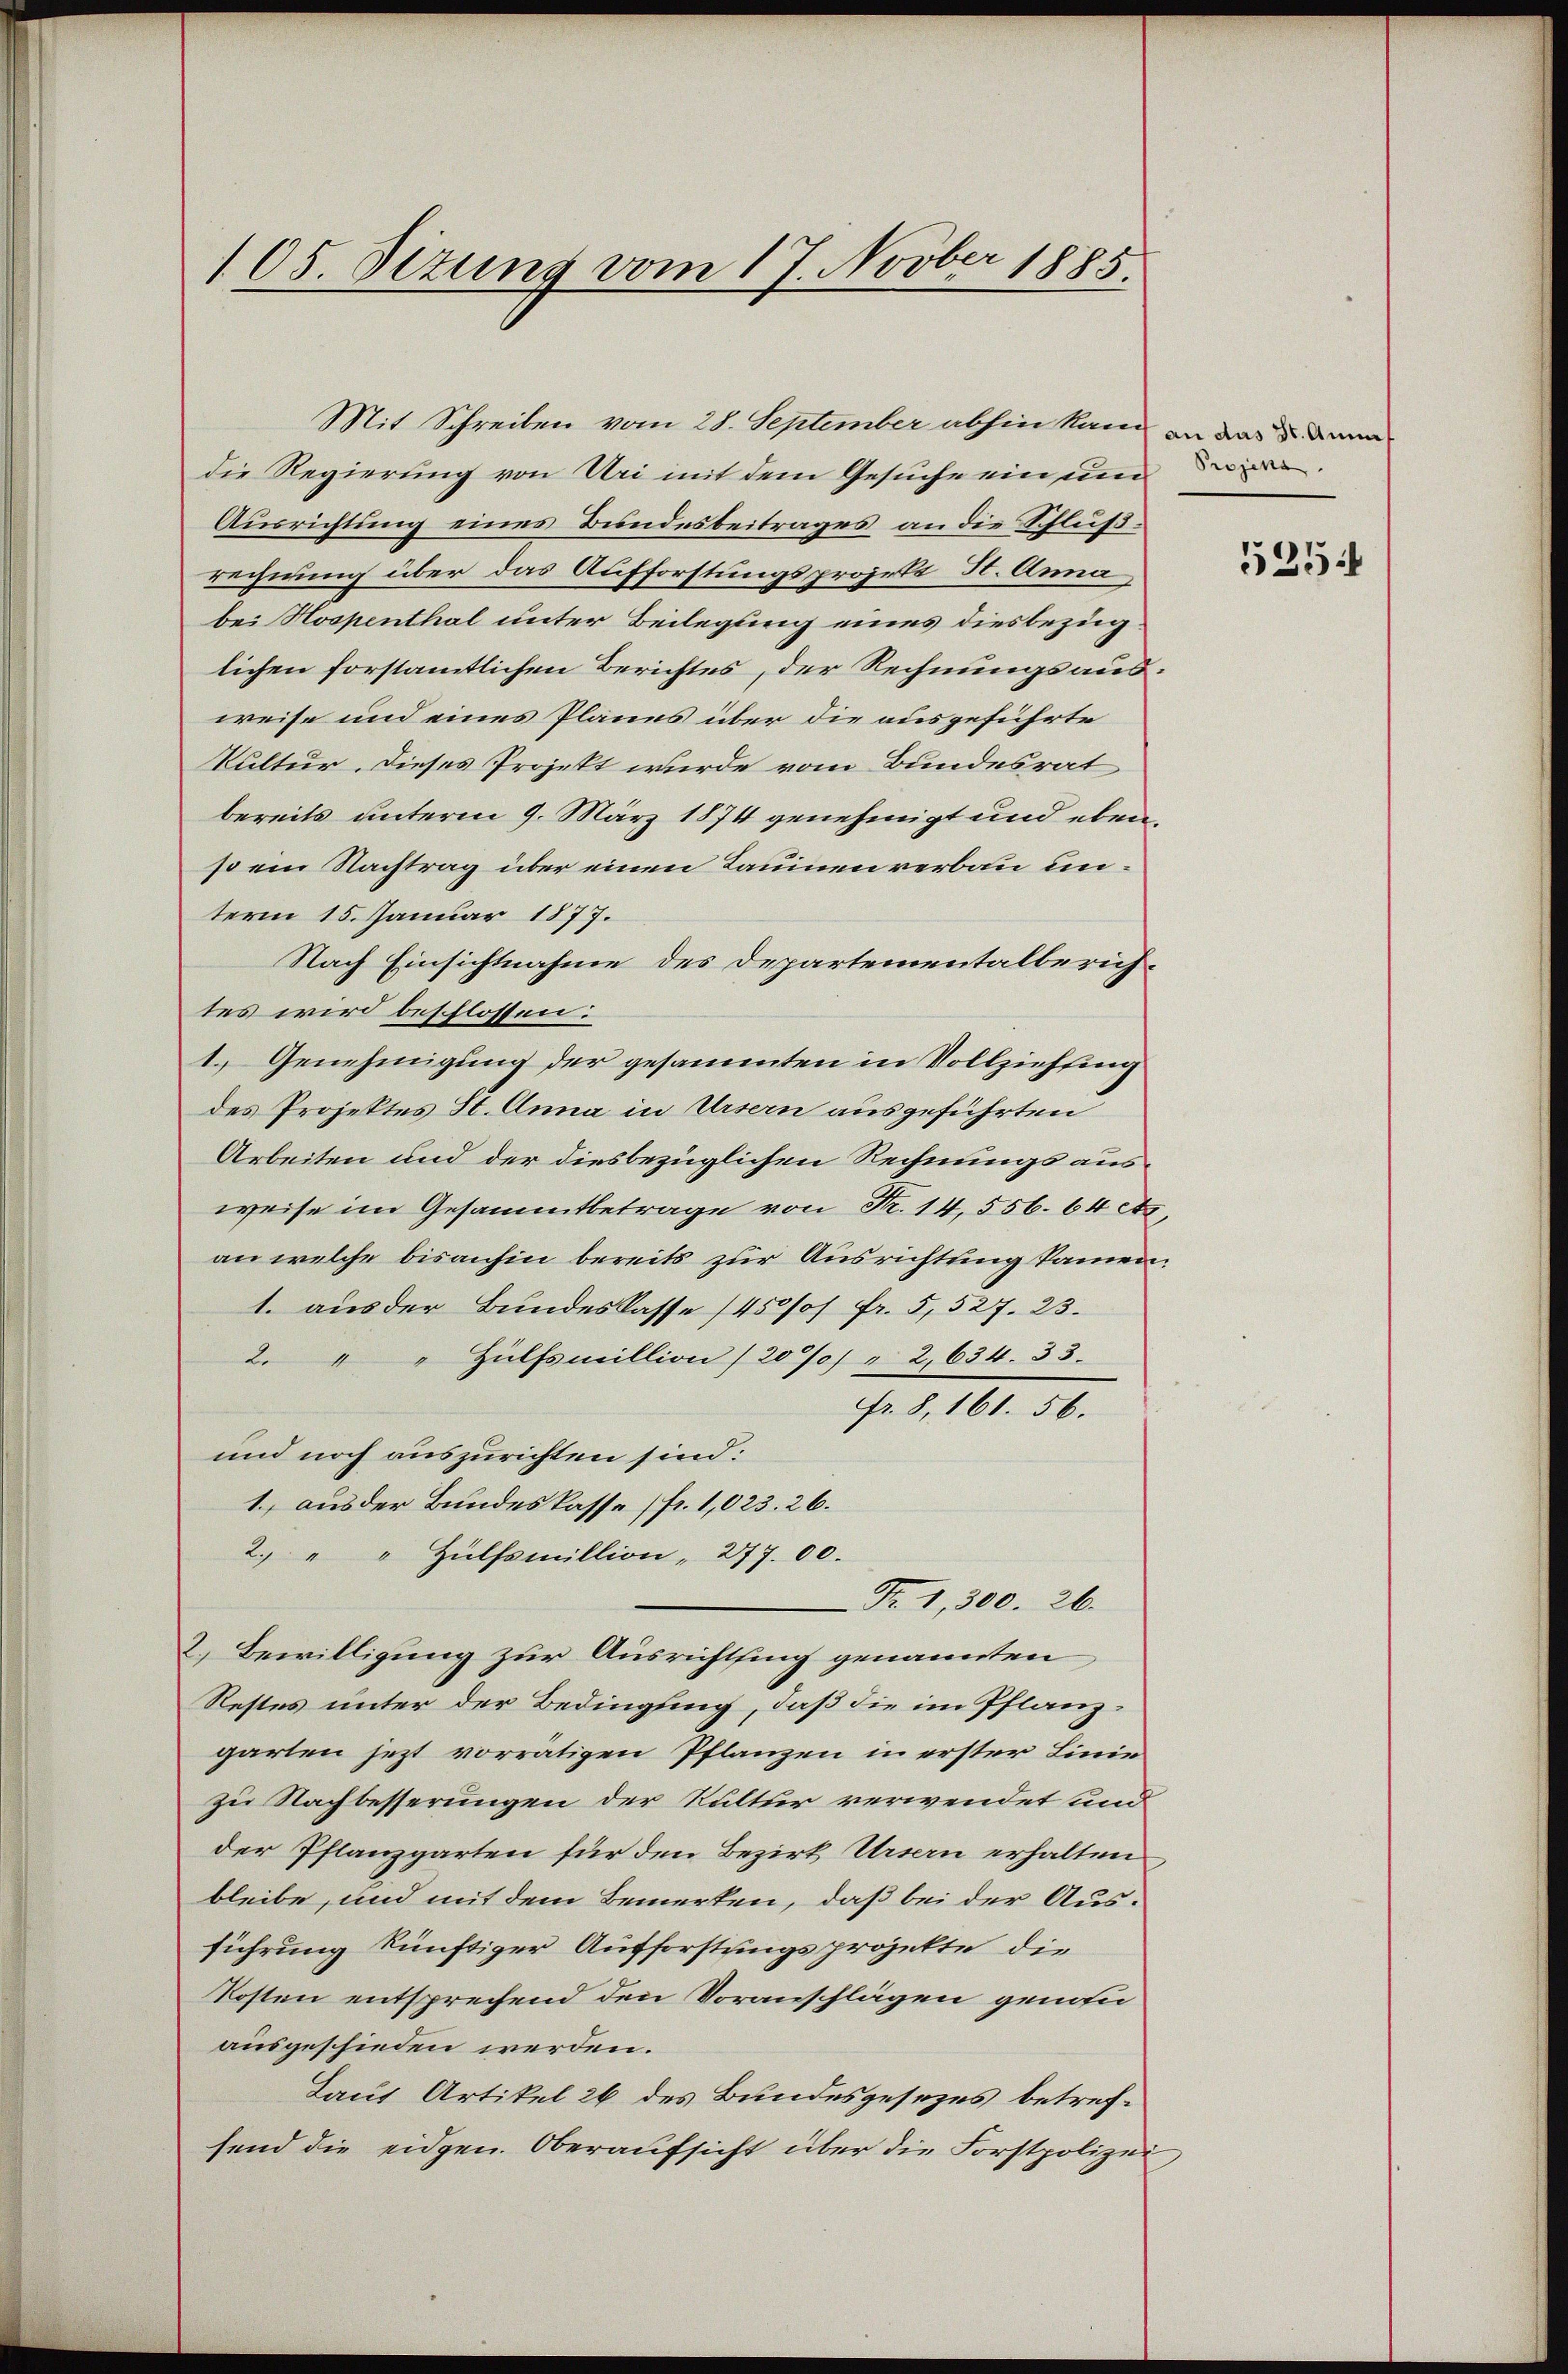
105. Sizung vom 17. Novber 1885.

die Regierung von Uri mit dem Gesuche ein und
Ausrichtung eines Bundesbeitrages an die Schlußrechnung über das Aufforstungsprojekt H. Anna
bei Hospenthal unter Beilegung eines diesbezug
lichen forstamtlichen Berichtes, der Rechnungsausweise und eines Planes über die ausgeführte
Kultur. Dieses Projekt wurde vom Bundesrat
bereits unterm 9. März 1874 genehmigt und ebenßem Nachtrag über einen Taumenverbau unterm 15. Januar 1877.
Nach Einsichtnahme des Departementalberichtes wird beschlossen:
1. Genehmigung der gesammten in Vollziehung
des Projektes St. Anna in Ursern ausgeführten
Arbeiten und der diesbezüglichen Rechnungs ausweise im Gesammtbetrage von Nr. 14, 556. 64 etz.
an welche bisanhin bereits zur Ausrichtung kamen.
1. aus der Bundeskasse (450// fr. 5, 527. 23.
2. " " Hülfsmillion / 20 Jo) " 2,634. 33.
fr. 8, 161. 56.
und noch auszurichten sind:
1. aus der Bundeskasse (fr. 1,023. 26.
2. " " Hülfsmillion " 277. 00.
Fr. 1, 300. 26.
2. Bewilligung zur Ausrichtsing genannten
Restes unter der Bedingung, daß die im Pflanzgarten jezt vorrätigen Pflanzen in erster Linie
zu Nachbesserungen der Kultur verwendet und
der Pflanzgarten für den Bezirk Ursern erhalten
bleibe, und mit dem Bemerken, daß bei der Ausführung künftiger Aufforstungsprojekte, die
Kosten entsprechend den Voranschlägen gemei
ausgeschieden werden.
Laut Artikel 26 des Bundesgesezes betrefsend die eidgen. Oberaŭfsicht über die Forstpolizei

Mit Schreiben vom 28. September abhin kam an das Sr. Dana

Projens

525: